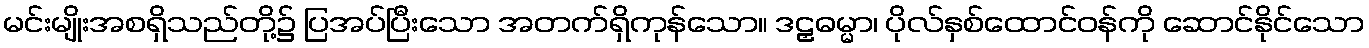
မင်းမျိုးအစရှိသည်တို့၌ ပြအပ်ပြီးသော အတက်ရှိကုန်သော။ ဒဠှဓမ္မာ၊ ပိုလ်နှစ်ထောင်ဝန်ကို ဆောင်နိုင်သော